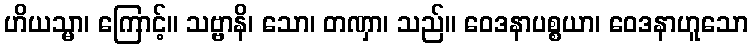
ဟိယသ္မာ၊ ကြောင့်။ သဗ္ဗာနိ၊ သော၊ တဏှာ၊ သည်။ ဝေဒနာပစ္စယာ၊ ဝေဒနာဟူသော